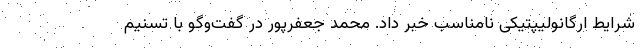
شرایط ارگانولیپتیکی نامناسب خبر داد. محمد جعفرپور در گفت‌وگو با تسنیم